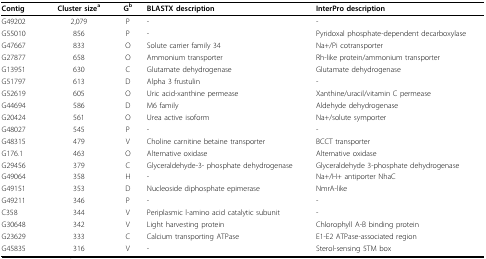
<table><thead><tr><td><b>Contig</b></td><td><b>Cluster size<sup>a</sup></b></td><td><b>G<sup>b</sup></b></td><td><b>BLASTX description</b></td><td><b>InterPro description</b></td></tr></thead><tbody><tr><td>G49202</td><td>2,079</td><td>P</td><td>-</td><td>-</td></tr><tr><td>G55010</td><td>856</td><td>P</td><td>-</td><td>Pyridoxal phosphate-dependent decarboxylase</td></tr><tr><td>G47667</td><td>833</td><td>O</td><td>Solute carrier family 34</td><td>Na+/Pi cotransporter</td></tr><tr><td>G27877</td><td>658</td><td>O</td><td>Ammonium transporter</td><td>Rh-like protein/ammonium transporter</td></tr><tr><td>G13951</td><td>630</td><td>C</td><td>Glutamate dehydrogenase</td><td>Glutamate dehydrogenase</td></tr><tr><td>G51797</td><td>613</td><td>D</td><td>Alpha 3 frustulin</td><td>-</td></tr><tr><td>G52619</td><td>605</td><td>O</td><td>Uric acid-xanthine permease</td><td>Xanthine/uracil/vitamin C permease</td></tr><tr><td>G44694</td><td>586</td><td>D</td><td>M6 family</td><td>Aldehyde dehydrogenase</td></tr><tr><td>G20424</td><td>561</td><td>O</td><td>Urea active isoform</td><td>Na+/solute symporter</td></tr><tr><td>G48027</td><td>545</td><td>P</td><td>-</td><td>-</td></tr><tr><td>G48315</td><td>479</td><td>V</td><td>Choline carnitine betaine transporter</td><td>BCCT transporter</td></tr><tr><td>G176.1</td><td>463</td><td>O</td><td>Alternative oxidase</td><td>Alternative oxidase</td></tr><tr><td>G29456</td><td>379</td><td>C</td><td>Glyceraldehyde-3- phosphate dehydrogenase</td><td>Glyceraldehyde 3-phosphate dehydrogenase</td></tr><tr><td>G49064</td><td>358</td><td>H</td><td>-</td><td>Na+/H+ antiporter NhaC</td></tr><tr><td>G49151</td><td>353</td><td>D</td><td>Nucleoside diphosphate epimerase</td><td>NmrA-like</td></tr><tr><td>G49211</td><td>346</td><td>P</td><td>-</td><td>-</td></tr><tr><td>C358</td><td>344</td><td>V</td><td>Periplasmic l-amino acid catalytic subunit</td><td>-</td></tr><tr><td>G30648</td><td>342</td><td>V</td><td>Light harvesting protein</td><td>Chlorophyll A-B binding protein</td></tr><tr><td>G23629</td><td>333</td><td>C</td><td>Calcium transporting ATPase</td><td>E1-E2 ATPase-associated region</td></tr><tr><td>G45835</td><td>316</td><td>V</td><td>-</td><td>Sterol-sensing 5TM box</td></tr></tbody></table>